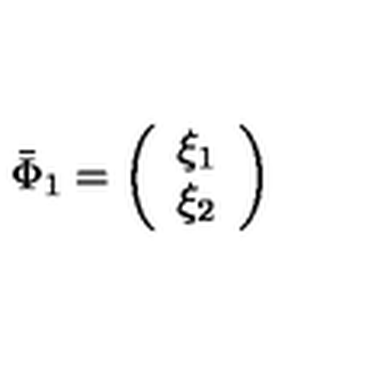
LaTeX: \bar { \Phi } _ { 1 } = \left( \begin{array} { c } { \xi _ { 1 } } \\ { \xi _ { 2 } } \\ \end{array} \right)